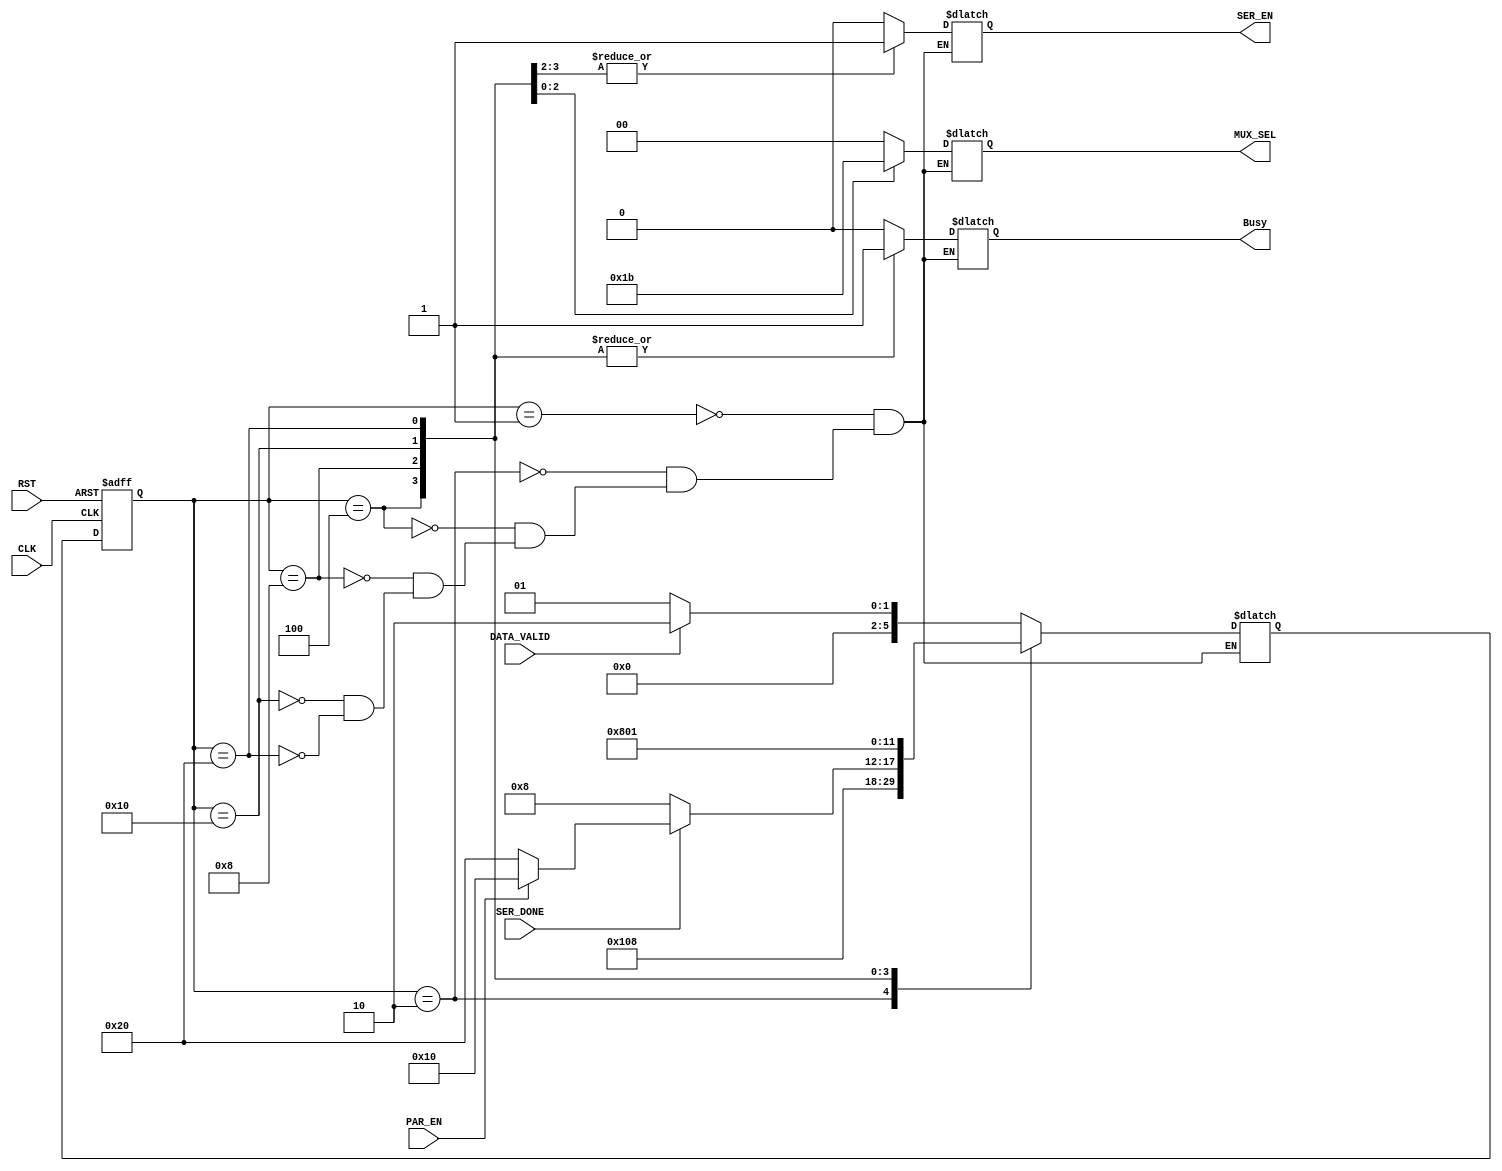
module TX_FSM (
 input  wire       DATA_VALID,
 input  wire       PAR_EN,
 input  wire       SER_DONE,
 input  wire       CLK,RST,
 output reg        Busy,
 output reg  [1:0] MUX_SEL,
 output reg        SER_EN
 );

 /* Moore Finite State Machine */
 reg [5:0] current_state, next_state ;
 /* One-Hot Encoding */
 localparam IDLE                = 6'b000001 ,
            Receive_Data        = 6'b000010 ,
			Start_Transmission  = 6'b000100 ,
			Data_Transmission   = 6'b001000 ,
			Parity_Transmission = 6'b010000 ,
			End_Transmission    = 6'b100000 ;

 /* Current State Block */
 always @ (posedge CLK, negedge RST)
  begin
   if (!RST)
    current_state <= IDLE ;
   else
    current_state <= next_state ;
  end
 
 /* Next State Block */
 always @ (*)
  begin
   case(current_state)
    IDLE                : next_state = (DATA_VALID)? Receive_Data : IDLE ;             
	Receive_Data        : next_state = Start_Transmission ;          
	Start_Transmission  : next_state = Data_Transmission  ;   
	Data_Transmission   : begin
	                       if(!SER_DONE)
						    next_state = Data_Transmission  ;
						   else
						    next_state = (PAR_EN)? Parity_Transmission : End_Transmission ;   
                          end	
	Parity_Transmission : next_state = End_Transmission ;   
	End_Transmission    : next_state = IDLE ;   
   endcase
  end
 
 /* Output Block */
 always @ (*)
  begin
   case(current_state)
    IDLE                : begin
	                       Busy    = 0 ;
						   MUX_SEL = 0 ;
						   SER_EN  = 0 ;
	                      end
						  
	Receive_Data        : begin 
	                       Busy    = 0 ;
                           MUX_SEL = 0 ;
                           SER_EN  = 0 ;
                          end
	
	Start_Transmission  : begin
	                       Busy    = 1 ;
	                       MUX_SEL = 2'b00 ;
	                       SER_EN  = 1 ;
	                      end
	
	Data_Transmission   : begin
	                       Busy    = 1 ;
	                       MUX_SEL = 2'b01 ;
	                       SER_EN  = 1 ;
	                      end
	
	Parity_Transmission : begin
	                       Busy    = 1 ;
	                       MUX_SEL = 2'b10 ;
	                       SER_EN  = 0 ;
	                      end
	
	End_Transmission    : begin
	                       Busy    = 1 ;
	                       MUX_SEL = 2'b11 ;
	                       SER_EN  = 0 ;
	                      end
	
   endcase
  end

endmodule